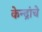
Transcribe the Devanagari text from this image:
केन्द्रांचे